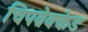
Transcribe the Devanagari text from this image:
चिपव्रेक्केड